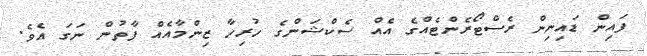
ފައިން ޑައިނިން ރެސްޓޯރެންޓެއްގެ އެއް ސެކްޝަންގެ ހުރިހާ ޒިންމާއެއް ފާތުން ނަގަ އެވެ.